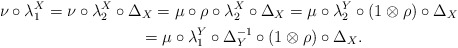
\begin{gather*}\nu\circ\lambda_1^X=\nu\circ\lambda_2^X\circ\Delta_X=\mu\circ\rho\circ\lambda_2^X\circ\Delta_X=\mu\circ\lambda_2^Y\circ(1\otimes\rho)\circ\Delta_X\\\phantom{\nu\circ\lambda_1^X}=\mu\circ\lambda_1^Y\circ\Delta_Y^{-1}\circ(1\otimes\rho)\circ\Delta_X.\end{gather*}